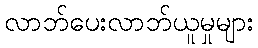
လာဘ်ပေးလာဘ်ယူမှုများ